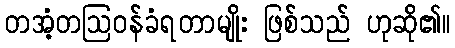
တအံ့တဩဝန်ခံရတာမျိုး ဖြစ်သည် ဟုဆို၏။